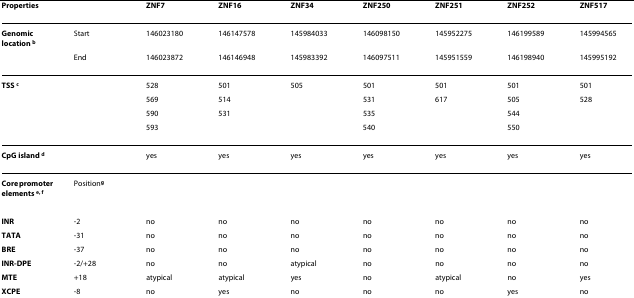
<table><thead><tr><td><b>Properties</b></td><td></td><td><b>ZNF7</b></td><td><b>ZNF16</b></td><td><b>ZNF34</b></td><td><b>ZNF250</b></td><td><b>ZNF251</b></td><td><b>ZNF252</b></td><td><b>ZNF517</b></td></tr></thead><tbody><tr><td><b>Genomic </b><b>location </b><sup><b>b</b></sup></td><td>Start</td><td>146023180</td><td>146147578</td><td>145984033</td><td>146098150</td><td>145952275</td><td>146199589</td><td>145994565</td></tr><tr><td></td><td>End</td><td>146023872</td><td>146146948</td><td>145983392</td><td>146097511</td><td>145951559</td><td>146198940</td><td>145995192</td></tr><tr><td><b>TSS </b><sup><b>c</b></sup></td><td></td><td>528</td><td>501</td><td>505</td><td>501</td><td>501</td><td>501</td><td>501</td></tr><tr><td></td><td></td><td>569</td><td>514</td><td></td><td>531</td><td>617</td><td>505</td><td>528</td></tr><tr><td></td><td></td><td>590</td><td>531</td><td></td><td>535</td><td></td><td>544</td><td></td></tr><tr><td></td><td></td><td>593</td><td></td><td></td><td>540</td><td></td><td>550</td><td></td></tr><tr><td><b>CpG island </b><sup><b>d</b></sup></td><td></td><td>yes</td><td>yes</td><td>yes</td><td>yes</td><td>yes</td><td>yes</td><td>yes</td></tr><tr><td><b>Core promoter elements </b><sup><b>e, f</b></sup></td><td>Position<sup><b>g</b></sup></td><td></td><td></td><td></td><td></td><td></td><td></td><td></td></tr><tr><td><b>INR</b></td><td>-2</td><td>no</td><td>no</td><td>no</td><td>no</td><td>no</td><td>no</td><td>no</td></tr><tr><td><b>TATA</b></td><td>-31</td><td>no</td><td>no</td><td>no</td><td>no</td><td>no</td><td>no</td><td>no</td></tr><tr><td><b>BRE</b></td><td>-37</td><td>no</td><td>no</td><td>no</td><td>no</td><td>no</td><td>no</td><td>no</td></tr><tr><td><b>INR-DPE</b></td><td>-2/+28</td><td>no</td><td>no</td><td>atypical</td><td>no</td><td>no</td><td>no</td><td>no</td></tr><tr><td><b>MTE</b></td><td>+18</td><td>atypical</td><td>atypical</td><td>yes</td><td>no</td><td>atypical</td><td>no</td><td>yes</td></tr><tr><td><b>XCPE</b></td><td>-8</td><td>no</td><td>yes</td><td>no</td><td>no</td><td>no</td><td>yes</td><td>no</td></tr></tbody></table>